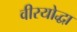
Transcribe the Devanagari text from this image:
वीरयोद्धा